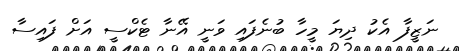
ނަޒީފާ އެކު ދިޔަ މީހާ ބުނެފައި ވަނީ އޭނާ ޓެކްސީ އަށް ފައިސާ